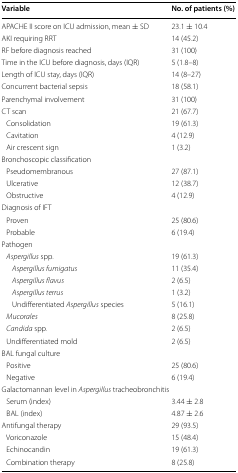
<table><thead><tr><td><b>Variable</b></td><td><b>No. of patients (%)</b></td></tr></thead><tbody><tr><td>APACHE II score on ICU admission, mean ± SD</td><td>23.1 ± 10.4</td></tr><tr><td>AKI requiring RRT</td><td>14 (45.2)</td></tr><tr><td>RF before diagnosis reached</td><td>31 (100)</td></tr><tr><td>Time in the ICU before diagnosis, days (IQR)</td><td>5 (1.8–8)</td></tr><tr><td>Length of ICU stay, days (IQR)</td><td>14 (8–27)</td></tr><tr><td>Concurrent bacterial sepsis</td><td>18 (58.1)</td></tr><tr><td>Parenchymal involvement</td><td>31 (100)</td></tr><tr><td>CT scan</td><td>21 (67.7)</td></tr><tr><td> Consolidation</td><td>19 (61.3)</td></tr><tr><td> Cavitation</td><td>4 (12.9)</td></tr><tr><td> Air crescent sign</td><td>1 (3.2)</td></tr><tr><td colspan="2">Bronchoscopic classification</td></tr><tr><td> Pseudomembranous</td><td>27 (87.1)</td></tr><tr><td> Ulcerative</td><td>12 (38.7)</td></tr><tr><td> Obstructive</td><td>4 (12.9)</td></tr><tr><td colspan="2">Diagnosis of IFT</td></tr><tr><td> Proven</td><td>25 (80.6)</td></tr><tr><td> Probable</td><td>6 (19.4)</td></tr><tr><td colspan="2">Pathogen</td></tr><tr><td> <i>Aspergillus</i> spp.</td><td>19 (61.3)</td></tr><tr><td><i>Aspergillus fumigatus</i></td><td>11 (35.4)</td></tr><tr><td><i>Aspergillus flavus</i></td><td>2 (6.5)</td></tr><tr><td><i>Aspergillus terrus</i></td><td>1 (3.2)</td></tr><tr><td>Undifferentiated <i>Aspergillus</i> species</td><td>5 (16.1)</td></tr><tr><td> <i>Mucorales</i></td><td>8 (25.8)</td></tr><tr><td> <i>Candida</i> spp.</td><td>2 (6.5)</td></tr><tr><td> Undifferentiated mold</td><td>2 (6.5)</td></tr><tr><td colspan="2">BAL fungal culture</td></tr><tr><td> Positive</td><td>25 (80.6)</td></tr><tr><td> Negative</td><td>6 (19.4)</td></tr><tr><td colspan="2">Galactomannan level in <i>Aspergillus</i> tracheobronchitis</td></tr><tr><td> Serum (index)</td><td>3.44 ± 2.8</td></tr><tr><td> BAL (index)</td><td>4.87 ± 2.6</td></tr><tr><td>Antifungal therapy</td><td>29 (93.5)</td></tr><tr><td> Voriconazole</td><td>15 (48.4)</td></tr><tr><td> Echinocandin</td><td>19 (61.3)</td></tr><tr><td> Combination therapy</td><td>8 (25.8)</td></tr></tbody></table>